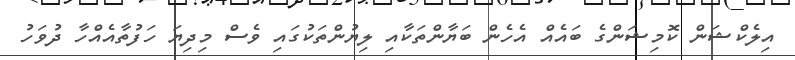
އިލެކްޝަން ކޮމިޝަންގެ ބައެއް އެހެން ބަޔާންތަކާއި ލިޔުންތަކުގައި ވެސް މިދިޔަ ހަފުތާއެއްހާ ދުވަހު